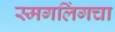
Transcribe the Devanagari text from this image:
स्मगलिंगचा